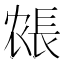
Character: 𰿍